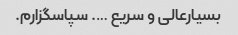
بسیارعالی و سریع …. سپاسگزارم.